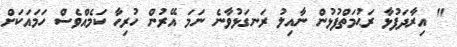
" އިރާދަފުޅާ ރަޙުމަތްފުޅުން ނާއިލު ރަނގަޅުވާނެ ނަމަ އޭރުން ހުރިހާ ކަމެއްވެސް ހަމައަކަށް